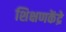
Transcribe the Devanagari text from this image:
शिक्षणकेंद्रे